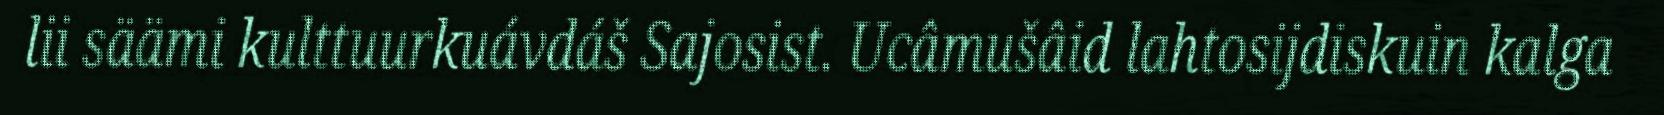
lii säämi kulttuurkuávdáš Sajosist. Ucâmušâid lahtosijdiskuin kalga